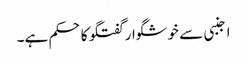
اجنبی سے خوشگوار گفتگو کا حکم ہے۔